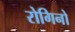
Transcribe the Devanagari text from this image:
रोगिनो